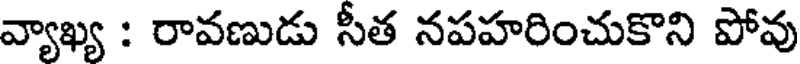
వ్యాఖ్య : రావణుడు సీత నపహరించుకొని పోవు